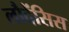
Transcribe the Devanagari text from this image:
लौदेंसिस